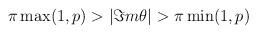
\begin{align*}\pi \max (1,p)>|\Im m\theta |>\pi \min (1,p)\end{align*}